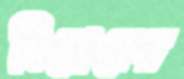
হিরোদের